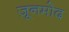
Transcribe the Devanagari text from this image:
ज़ूनमोद